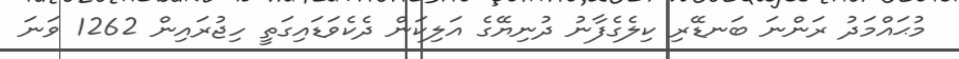
މުޙައްމަދު ރަންނަ ބަނޑޭރި ކިލެގެފާނު ދުނިޔޭގެ އަލިކަން ދެކެވަޑައިގަތީ ހިޖުރައިން 1262 ވަނަ